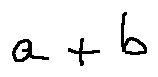
a + b